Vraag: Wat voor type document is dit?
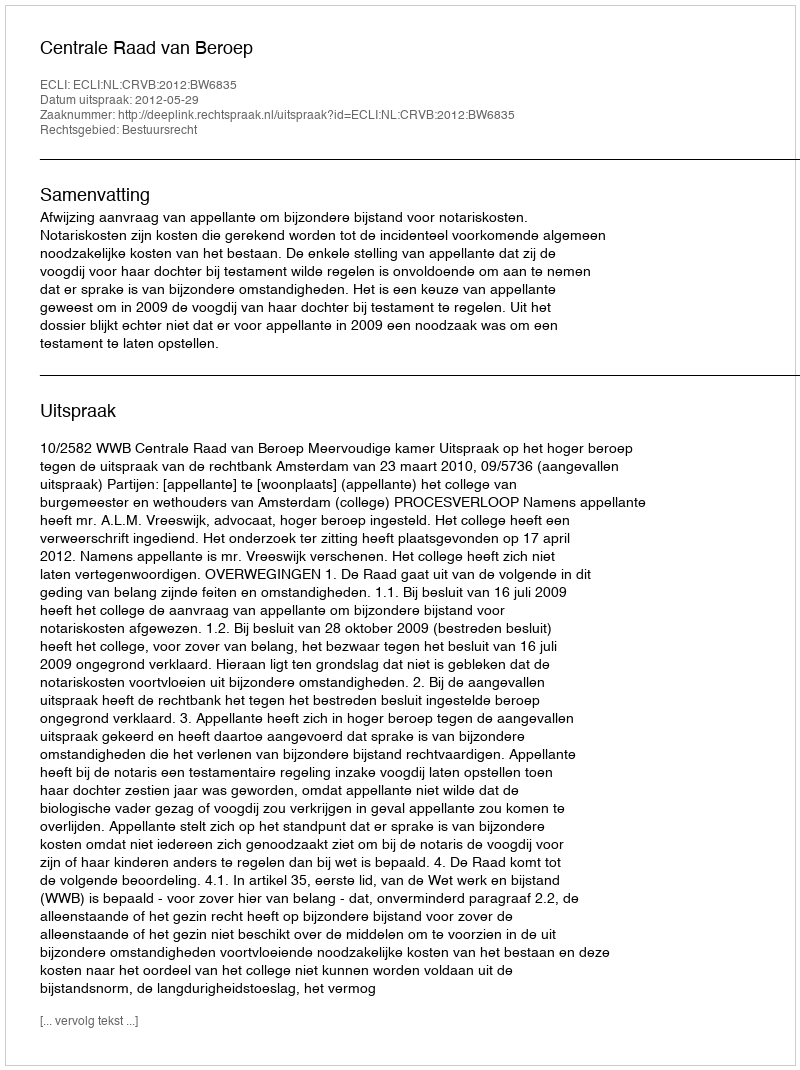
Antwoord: Uitspraak